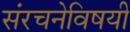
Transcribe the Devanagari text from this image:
संरचनेविषयी